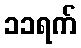
၁၁ရက်